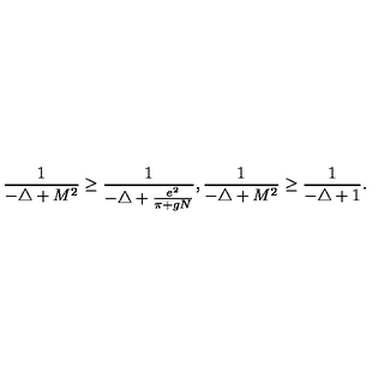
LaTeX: \frac { 1 } { - \triangle + M ^ { 2 } } \geq \frac { 1 } { - \triangle + \frac { e ^ { 2 } } { \pi + g N } } , \frac { 1 } { - \triangle + M ^ { 2 } } \geq \frac { 1 } { - \triangle + 1 } .